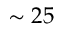
\sim 2 5